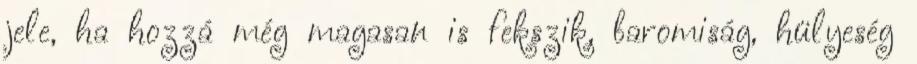
jele, ha hozzá még magasan is fekszik, baromiság, hülyeség